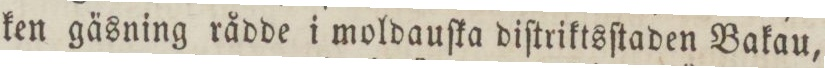
ken gäsning rådde i moldauſka diſtriktsſtaden Bakau,